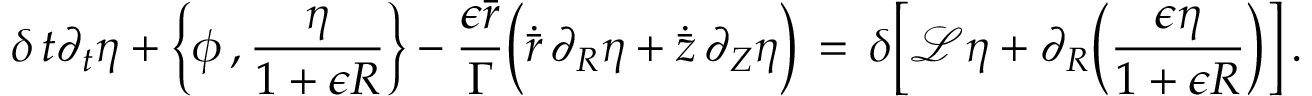
\delta \, t \partial _ { t } \eta + \Bigl \{ \phi \, , \frac { \eta } { 1 + \epsilon R } \Bigr \} - \frac { \epsilon \bar { r } } { \Gamma } \Bigl ( \dot { \bar { r } } \, \partial _ { R } \eta + \dot { \bar { z } } \, \partial _ { Z } \eta \Bigr ) \, = \, \delta \Bigl [ \mathcal { L } \eta + \partial _ { R } \Bigl ( \frac { \epsilon \eta } { 1 + \epsilon R } \Bigr ) \Bigr ] \, .